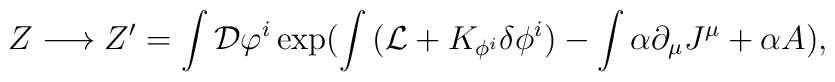
Z\longrightarrow Z^\prime=\int {\cal D}\varphi^i \exp(\int\big({\cal L}+K_{\phi^i}\delta\phi^i\big)-\int\alpha\partial_\mu J^\mu+\alpha{\sl A}),